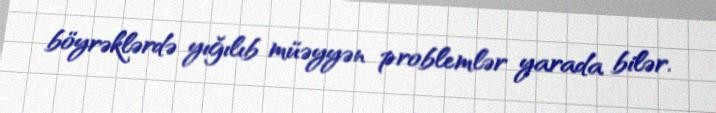
böyrəklərdə yığılıb müəyyən problemlər yarada bilər.